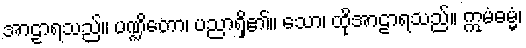
အာဠာရသည်။ ပဏ္ဍိတော၊ ပညာရှိ၏။ သော၊ ထိုအာဠာရသည်။ ဣမံဓမ္မံ၊